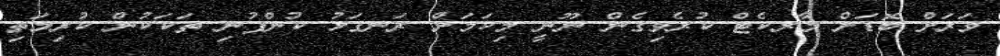
ވަރަށް ބޮޑަށް މާރކެޓް ކުރެވިގެން ނޫނީ މިކަމަށް ރަނގަޅު ކުންފުނި ތަކަކުން ކުރިމަތި